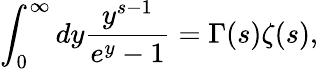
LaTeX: \int_{0}^{\infty}dy{\frac{y^{s-1}}{e^{y}-1}}=\Gamma(s)\zeta(s),